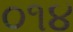
૦૧૪